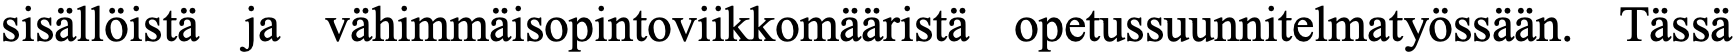
sisällöistä ja vähimmäisopintoviikkomääristä opetussuunnitelmatyössään. Tässä